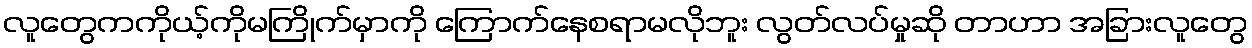
လူတွေကကိုယ့်ကိုမကြိုက်မှာကို ကြောက်နေစရာမလိုဘူး လွတ်လပ်မှုဆို တာဟာ အခြားလူတွေ